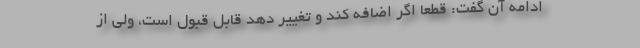
ادامه آن گفت: قطعا اگر اضافه کند و تغییر دهد قابل قبول است، ولی از